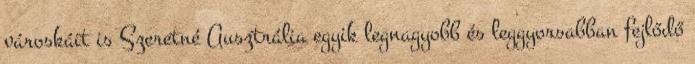
városkáit is Szeretné Ausztrália egyik legnagyobb és leggyorsabban fejlődő